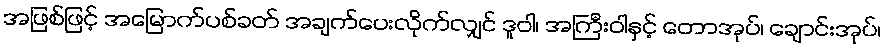
အဖြစ်ဖြင့် အမြောက်ပစ်ခတ် အချက်ပေးလိုက်လျှင် ဒူဝါ၊ အကြီးဝါနှင့် တောအုပ်၊ ချောင်းအုပ်၊